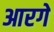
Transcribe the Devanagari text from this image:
आरगे